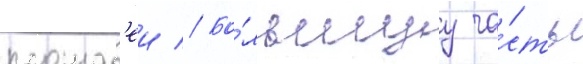
площад'еи // Бо́льшуу ча́сть